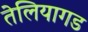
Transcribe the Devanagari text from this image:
तेलियागड